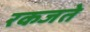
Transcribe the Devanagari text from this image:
रकजते